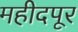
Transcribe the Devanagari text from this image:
महीदपूर